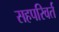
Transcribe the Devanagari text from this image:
सहपरिवर्त